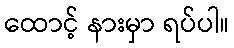
ထောင့် နားမှာ ရပ်ပါ။